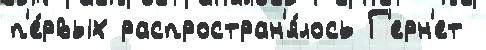
п'е́рвых распростран'я́лось Г'ерн'ет